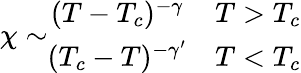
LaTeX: \chi\sim\begin{array}{cc}{{(T-T_{c})^{-\gamma}}}&{{T>T_{c}}}\\ {{(T_{c}-T)^{-\gamma^{\prime}}}}&{{T<T_{c}}}\end{array}